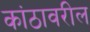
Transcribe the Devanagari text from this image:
कांठावरील